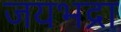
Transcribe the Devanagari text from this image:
जयभद्रा